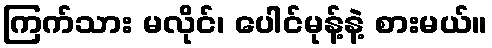
ကြက်သား မလိုင်၊ ပေါင်မုန့်နဲ့ စားမယ်။